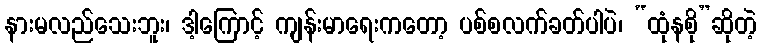
နားမလည်သေးဘူး၊ ဒါ့ကြောင့် ကျန်းမာရေးကတော့ ပစ်စလက်ခတ်ပါပဲ၊ “ထုံနစို”ဆိုတဲ့